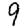
Digit: 9